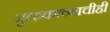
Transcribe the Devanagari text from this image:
मुक्तकाव्याचीही